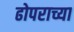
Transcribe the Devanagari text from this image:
ढोपराच्या